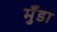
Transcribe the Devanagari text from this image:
मुँडा